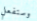
وستفعل